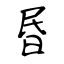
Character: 昬